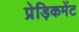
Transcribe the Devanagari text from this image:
प्रेड़िकमेंट